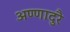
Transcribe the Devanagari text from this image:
अण्णादुरै